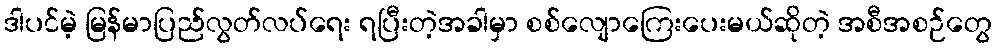
ဒါပင်မဲ့ မြန်မာပြည်လွတ်လပ်ရေး ရပြီးတဲ့အခါမှာ စစ်လျောကြေးပေးမယ်ဆိုတဲ့ အစီအစဉ်တွေ